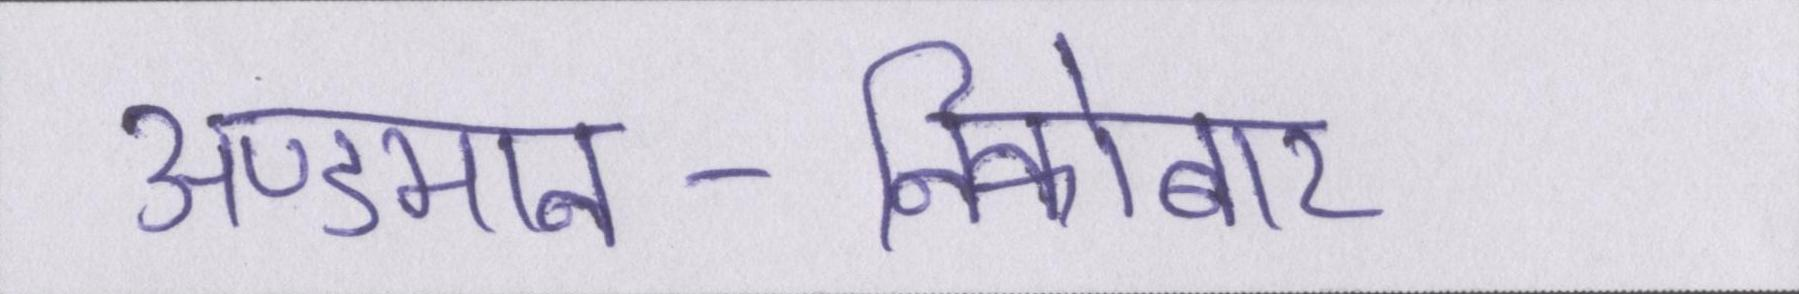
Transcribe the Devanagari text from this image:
अण्डमान-निकोबार